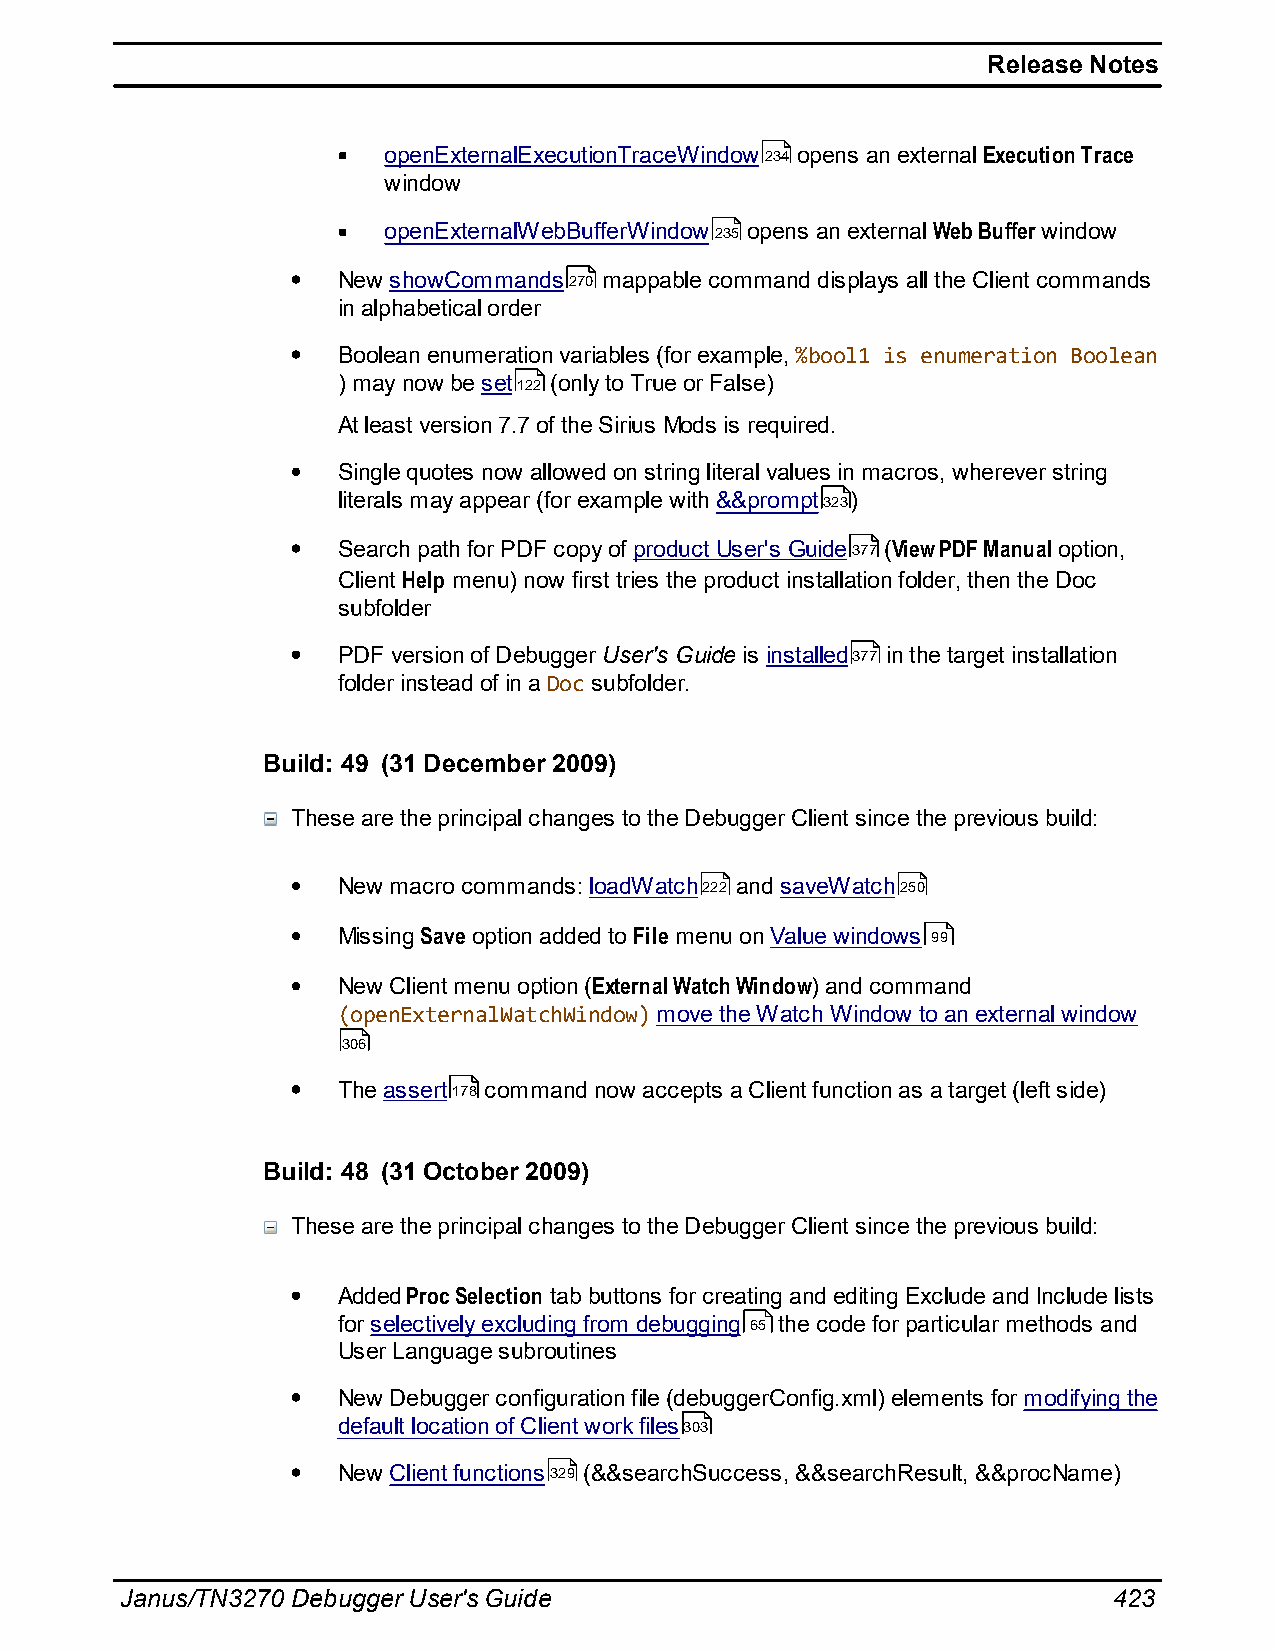
Release Notes
 openExternalExecutionTraceWindow234 opens an external Execution Trace
 window
 openExternalWebBufferWindow235 opens an external Web Buffer window
 New showCommands270 mappable command displays all the Client commands
 in alphabetical order
 Boolean enumeration variables (for example, %bool1 is enumeration Boolean
 ) may now be set122 (only to True or False)
 At least version 7.7 of the Sirius Mods is required.
 Single quotes now allowed on string literal values in macros, wherever string
 literals may appear (for example with &&prompt323)
 Search path for PDF copy of product User's Guide377 (View PDF Manual option,
 Client Help menu) now first tries the product installation folder, then the Doc
 subfolder
 PDF version of Debugger User's Guide is installed377 in the target installation
 folder instead of in a Doc subfolder.
 Build: 49 (31 December 2009)
 These are the principal changes to the Debugger Client since the previous build:
 New macro commands: loadWatch222 and saveWatch250
 Missing Save option added to File menu on Value windows 99
 New Client menu option (External Watch Window) and command
 (openExternalWatchWindow) move the Watch Window to an external window
 306
 The assert178 command now accepts a Client function as a target (left side)
 Build: 48 (31 October 2009)
 These are the principal changes to the Debugger Client since the previous build:
 Added Proc Selection tab buttons for creating and editing Exclude and Include lists
 for selectively excluding from debugging 65 the code for particular methods and
 User Language subroutines
 New Debugger configuration file (debuggerConfig.xml) elements for modifying the
 default location of Client work files303
 New Client functions329 (&&searchSuccess, &&searchResult, &&procName)
 Janus/TN3270 Debugger User's Guide                                423